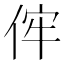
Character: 𠈭